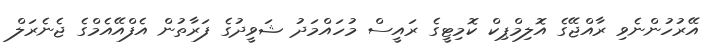
އޭރުހުންނެވި ރާއްޖޭގެ އޮލިމްޕިކް ކޮމިޓީގެ ރައީސް މުހައްމަދު ޝަވީދުގެ ފަރާތުން އެފްއޭއެމްގެ ޖެނެރަލް